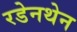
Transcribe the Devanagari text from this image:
रडेनथेन